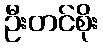
ဦးတင်စိုး